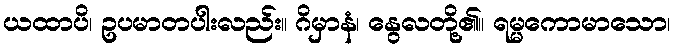
ယထာပိ၊ ဥပမာတပါးလည်း။ ဂိမှာနံ၊ နွေလတို့၏။ ရမ္မကောမာသော၊